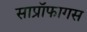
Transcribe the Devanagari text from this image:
साप्रॉफागस